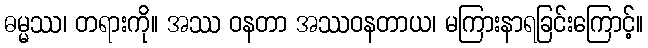
ဓမ္မဿ၊ တရားကို။ အဿ ဝနတာ အဿဝနတာယ၊ မကြားနာရခြင်းကြောင့်။